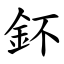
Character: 鈈